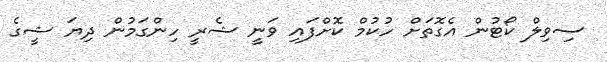
ސިވިލް ކޯޓުން އެގޮތަށް ހުކުމް ކޮށްފައި ވަނީ ޝެރީ ހިންގަމުން ދިޔަ ޝީގެ